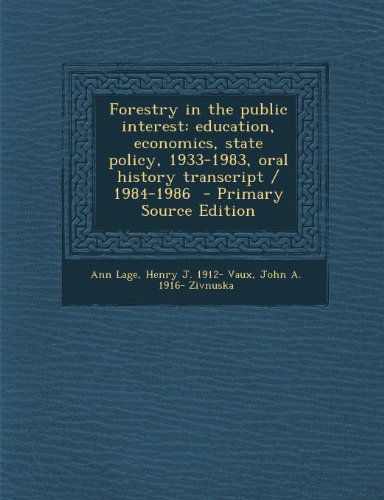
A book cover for Forestry in the Public Interest: Education, Economics, State Policy, 1933-1983, Oral History Transcript / 1984-1986 - Primary Source Edition; Ann Lage; Science & Math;